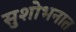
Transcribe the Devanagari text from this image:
सुशोभनात